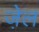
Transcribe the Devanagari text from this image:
जे़ल